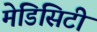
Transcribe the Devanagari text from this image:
मेडिसिटी